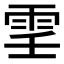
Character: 𩂐